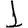
Digit: 1